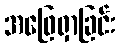
အဖြေရှာခြင်း